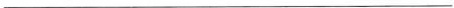
___